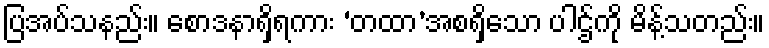
ပြအပ်သနည်း။ စောဒနာရှိရကား ‘တထာ’အစရှိသော ပါဌ်ကို မိန့်သတည်း။